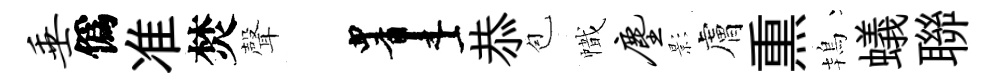
垂僞准焚聲画恭苞幟尘影膚𤋱鴇蟻聯